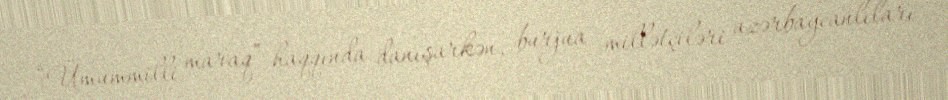
“Ümummilli maraq” haqqında danışarkən, burjua millətçiləri azərbaycanlıları